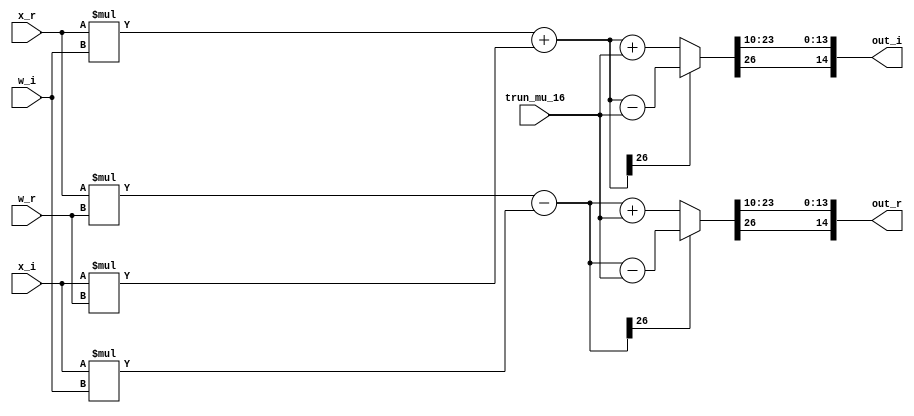

`timescale 1ns/1fs
module multiplier_16_tw(
    input       signed  [15:0]   x_r,
    input       signed  [15:0]   x_i,
    input       signed  [9:0]   w_r,
    input       signed  [9:0]   w_i,
    input       signed  [26:0]  trun_mu_16,

    output      signed  [14:0]    out_r,
    output      signed  [14:0]    out_i
	);


            wire    signed  [26:0]  y_i; 
            wire    signed  [26:0]  y_r; 
            wire    signed  [26:0]  y_tr_i; 
            wire    signed  [26:0]  y_tr_r; 



    assign  y_r =   (x_r*w_r) - (x_i*w_i);
    assign  y_i =   (x_r*w_i) + (x_i*w_r);

    assign  y_tr_r  =  (y_r[26] == 1'b0) ? (y_r + trun_mu_16) : (y_r - trun_mu_16) ;  
    assign  y_tr_i  =  (y_i[26] == 1'b0) ? (y_i + trun_mu_16) : (y_i - trun_mu_16) ;  


    assign  out_r =  ({y_tr_r[26], y_tr_r[23:10]});
    assign  out_i =  ({y_tr_i[26], y_tr_i[23:10]});





endmodule